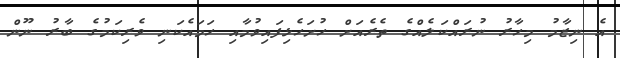
އެ ނިޒާމު މިހާރު ނުރައްކަލެއްގެ ތެރެއަށް ހުށަހެޅިފައިވުމާއި ހަމައެކަނި ވެރިކަމުގެ ބާރު ނޫން